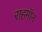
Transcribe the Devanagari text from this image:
राहमॉन